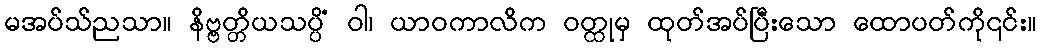
မအပ်သ်ညသာ။ နိဗ္ဗတ္တိယသပ္ပိံ ဝါ၊ ယာဝကာလိက ဝတ္ထုမှ ထုတ်အပ်ပြီးသော ထောပတ်ကို၎င်း။